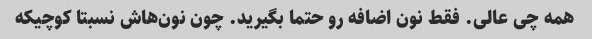
همه چی عالی. فقط نون اضافه رو حتما بگیرید. چون نون‌هاش نسبتا کوچیکه